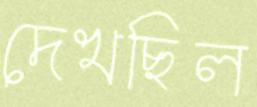
দেখছিল